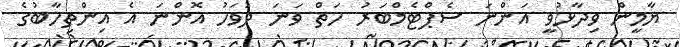
ޔާމީން ވިދާޅުވީ އަންނަ ސެޕްޓެމްބަރު ހަތް ވަނަ ދުވަހު އޮންނަ އެ އިންތިހާބުގެ